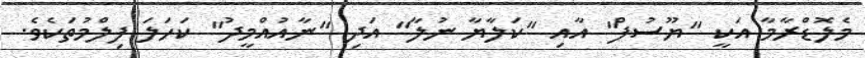
މެލޮޑްރާމާ އަކީ "ޔޫސުފް" އާއި "ކަލާޔާ ނުލާ" އަދި "ނާއުއްމީދު" ކަހަލަ ފިލްމުތަކެވެ.